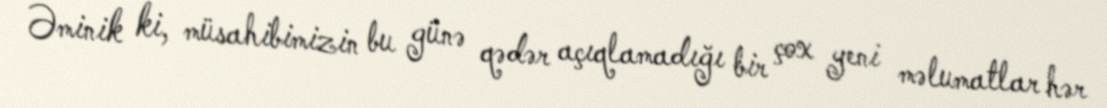
Əminik ki, müsahibimizin bu günə qədər açıqlamadığı bir çox yeni məlumatlar hər